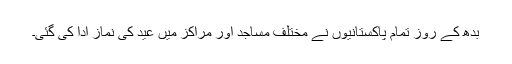
بدھ کے روز تمام پاکستانیوں نے مختلف مساجد اور مراکز میں عید کی نماز ادا کی گئی۔